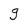
Character: g